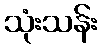
သုံးသန်း